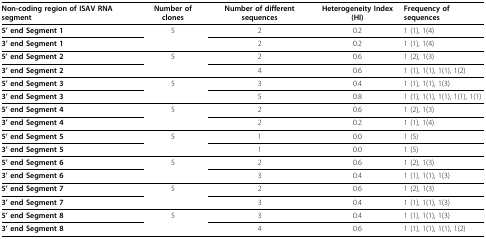
<table><thead><tr><td><b>Non-coding region of ISAV RNA segment</b></td><td><b>Number of clones</b></td><td><b>Number of different sequences</b></td><td><b>Heterogeneity Index (HI)</b></td><td><b>Frequency of sequences</b></td></tr></thead><tbody><tr><td><b>5&#x27; end Segment 1</b></td><td>5</td><td>2</td><td>0.2</td><td>1 (1), 1(4)</td></tr><tr><td><b>3&#x27; end Segment 1</b></td><td></td><td>2</td><td>0.2</td><td>1 (1), 1(4)</td></tr><tr><td><b>5&#x27; end Segment 2</b></td><td>5</td><td>2</td><td>0.6</td><td>1 (2), 1(3)</td></tr><tr><td><b>3&#x27; end Segment 2</b></td><td></td><td>4</td><td>0.6</td><td>1 (1), 1(1), 1(1), 1(2)</td></tr><tr><td><b>5&#x27; end Segment 3</b></td><td>5</td><td>3</td><td>0.4</td><td>1 (1), 1(1), 1(3)</td></tr><tr><td><b>3&#x27; end Segment 3</b></td><td></td><td>5</td><td>0.8</td><td>1 (1), 1(1), 1(1), 1(1), 1(1)</td></tr><tr><td><b>5&#x27; end Segment 4</b></td><td>5</td><td>2</td><td>0.6</td><td>1 (2), 1(3)</td></tr><tr><td><b>3&#x27; end Segment 4</b></td><td></td><td>2</td><td>0.2</td><td>1 (1), 1(4)</td></tr><tr><td><b>5&#x27; end Segment 5</b></td><td>5</td><td>1</td><td>0.0</td><td>1 (5)</td></tr><tr><td><b>3&#x27; end Segment 5</b></td><td></td><td>1</td><td>0.0</td><td>1 (5)</td></tr><tr><td><b>5&#x27; end Segment 6</b></td><td>5</td><td>2</td><td>0.6</td><td>1 (2), 1(3)</td></tr><tr><td><b>3&#x27; end Segment 6</b></td><td></td><td>3</td><td>0.4</td><td>1 (1), 1(1), 1(3)</td></tr><tr><td><b>5&#x27; end Segment 7</b></td><td>5</td><td>2</td><td>0.6</td><td>1 (2), 1(3)</td></tr><tr><td><b>3&#x27; end Segment 7</b></td><td></td><td>3</td><td>0.4</td><td>1 (1), 1(1), 1(3)</td></tr><tr><td><b>5&#x27; end Segment 8</b></td><td>5</td><td>3</td><td>0.4</td><td>1 (1), 1(1), 1(3)</td></tr><tr><td><b>3&#x27; end Segment 8</b></td><td></td><td>4</td><td>0.6</td><td>1 (1), 1(1), 1(1), 1(2)</td></tr></tbody></table>